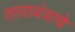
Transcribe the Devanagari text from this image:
तारायंत्राचे